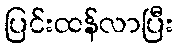
ပြင်းထန်လာပြီး